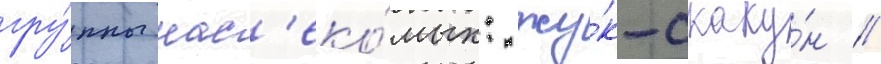
гру́ппы нас'еко́мых: жу́к-скаку́н /